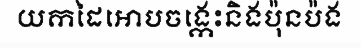
យកដៃអោបចង្កេះនិងប៉ុនប៉ង